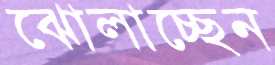
ঝোলাচ্ছেন